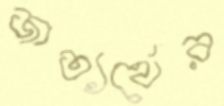
জাত্যর্থের